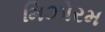
મિઝોરમ